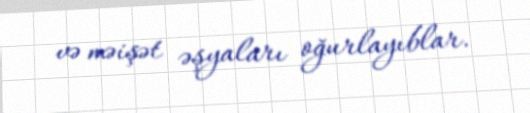
və məişət əşyaları oğurlayıblar.